Scottish Leaving Certificate Examination, 1954
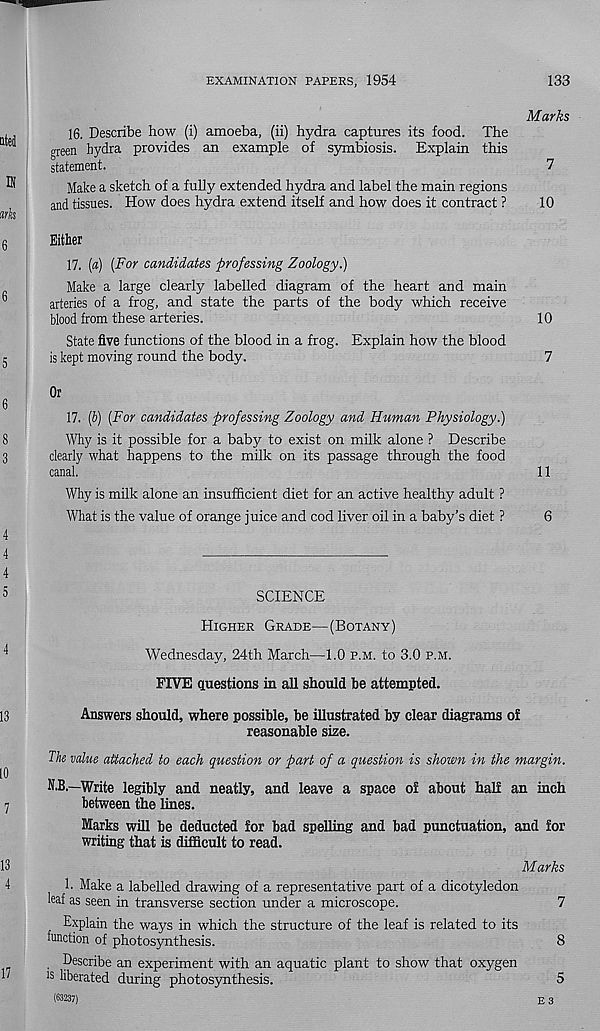
EXAMINATION PAPERS, 1954
133
Marks
16. Describe how (i) amoeba, (ii) hydra captures its food. The
green hydra provides an example of symbiosis. Explain this
statement.
7
Make a sketch of a fully extended hydra and label the main regions
and tissues. How does hydra extend itself and how does it contract ?
10
Either
17. (a) [For candidates professing Zoology.)
Make a large clearly labelled diagram of the heart and main
arteries of a frog, and state the parts of the body which receive
blood from these arteries.
10
State five functions of the blood in a frog. Explain how the blood
is kept moving round the body.
7
Or
17. (6) [For candidates professing Zoology and Human Physiology.)
Why is it possible for a baby to exist on milk alone ? Describe
clearly what happens to the milk on its passage through the food
canal.
11
Why is milk alone an insufficient diet for an active healthy adult ?
What is the value of orange juice and cod liver oil in a baby’s diet ?
6
SCIENCE
Higher Grade—(Botany)
Wednesday, 24th March—1.0 p.m. to 3.0 p.m.
FIVE questions in all should be attempted.
Answers should, where possible, be illustrated by clear diagrams of
reasonable size.
The value attached to each question or part of a question is shown in the margin.
N.B.—Write legibly and neatly, and leave a space of about half an inch
between the lines.
Marks will be deducted for bad spelling and bad punctuation, and for
writing that is difficult to read.
Marks
b Make a labelled drawing of a representative part of a dicotyledon
leaf as seen in transverse section under a microscope.
7
Explain the ways in which the structure of the leaf is related to its
function of photosynthesis.
8
. Describe an experiment with an aquatic plant to show that oxygen
is liberated during photosynthesis.
(63237}
E 3
5